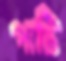
পাটি